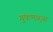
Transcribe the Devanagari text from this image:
गुंफणार्‍या